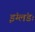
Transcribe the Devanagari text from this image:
इंग्लंडः